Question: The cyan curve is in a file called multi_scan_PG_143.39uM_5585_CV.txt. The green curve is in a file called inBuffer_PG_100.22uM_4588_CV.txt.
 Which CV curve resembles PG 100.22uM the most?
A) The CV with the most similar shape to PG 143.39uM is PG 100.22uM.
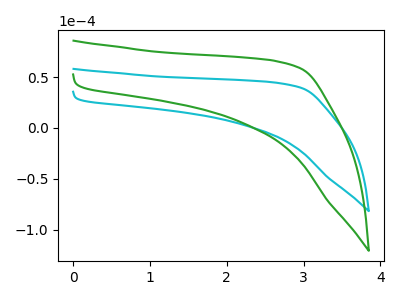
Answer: <think>The cyan curve "PG 143.39uM" has no peaks. The green curve "PG 100.22uM" has no peaks.
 Neither "PG 143.39uM" or "PG 100.22uM" have any peaks.</think>
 <answer>A) The CV with the most similar shape to "PG 143.39uM" is "PG 100.22uM".</answer>
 <eval>A</eval>